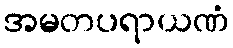
အမတပရာယဏံ